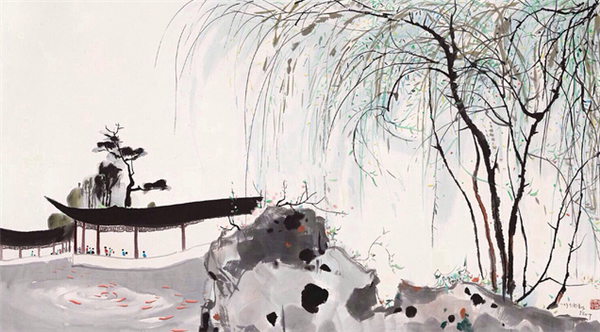
行宫见月伤心色，夜雨闻铃肠断声。